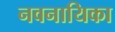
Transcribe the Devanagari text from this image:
नवनायिका